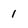
Character: 1